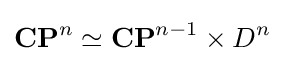
\mathbf {CP} ^{n}\simeq \mathbf {CP} ^{n-1}\times D^{n}